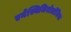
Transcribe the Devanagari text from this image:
एनेस्थिजियोलॉजिस्ट